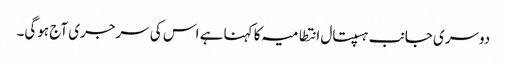
دوسری جانب ہسپتال انتطامیہ کا کہنا ہے اس کی سرجری آج ہوگی۔